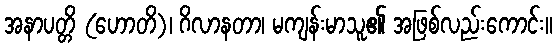
အနာပတ္တိ (ဟောတိ)၊ ဂိလာနတာ၊ မကျန်းမာသူ၏ အဖြစ်လည်းကောင်း။